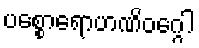
ပစ္စောရောဟဏိဝဂ္ဂေါ